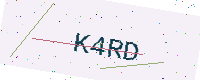
Text: K4RD